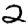
Digit: 2